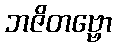
ဘဇိတဗ္ဗော